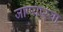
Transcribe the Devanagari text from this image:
जाण्यार्‍या